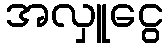
အလှူငွေ